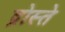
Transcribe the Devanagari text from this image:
द्रोस्ते